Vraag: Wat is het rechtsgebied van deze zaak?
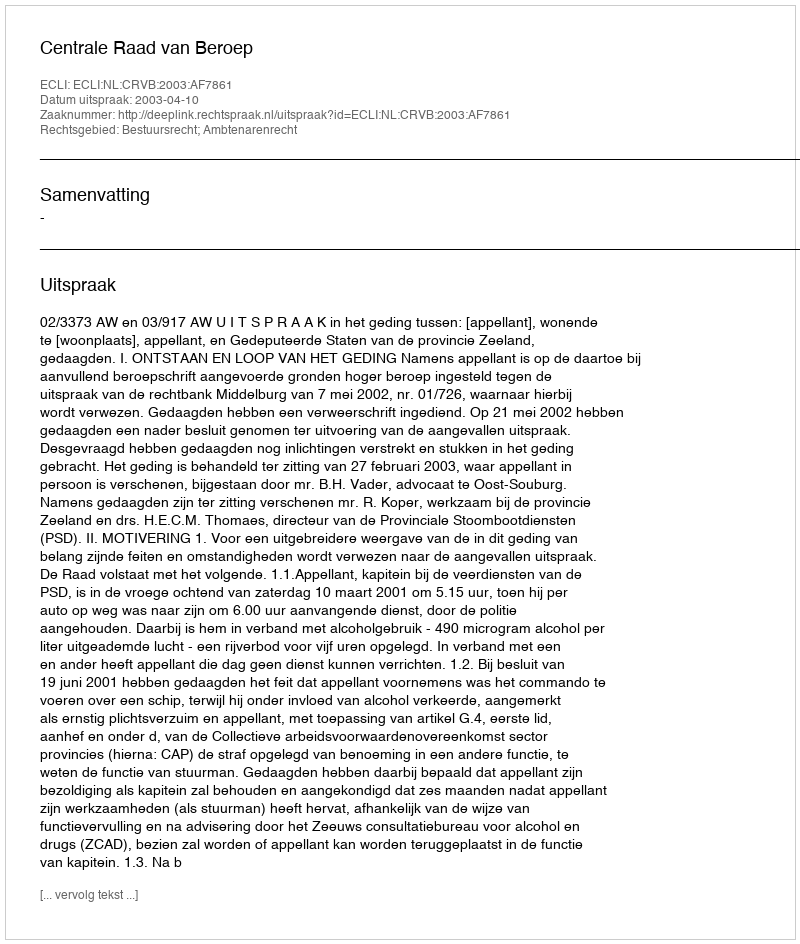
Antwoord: Bestuursrecht; Ambtenarenrecht